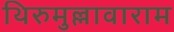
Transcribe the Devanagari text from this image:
थिरुमुल्लावाराम